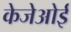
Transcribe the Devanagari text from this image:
केजेओई